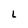
Character: L